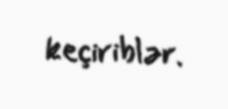
keçiriblər.